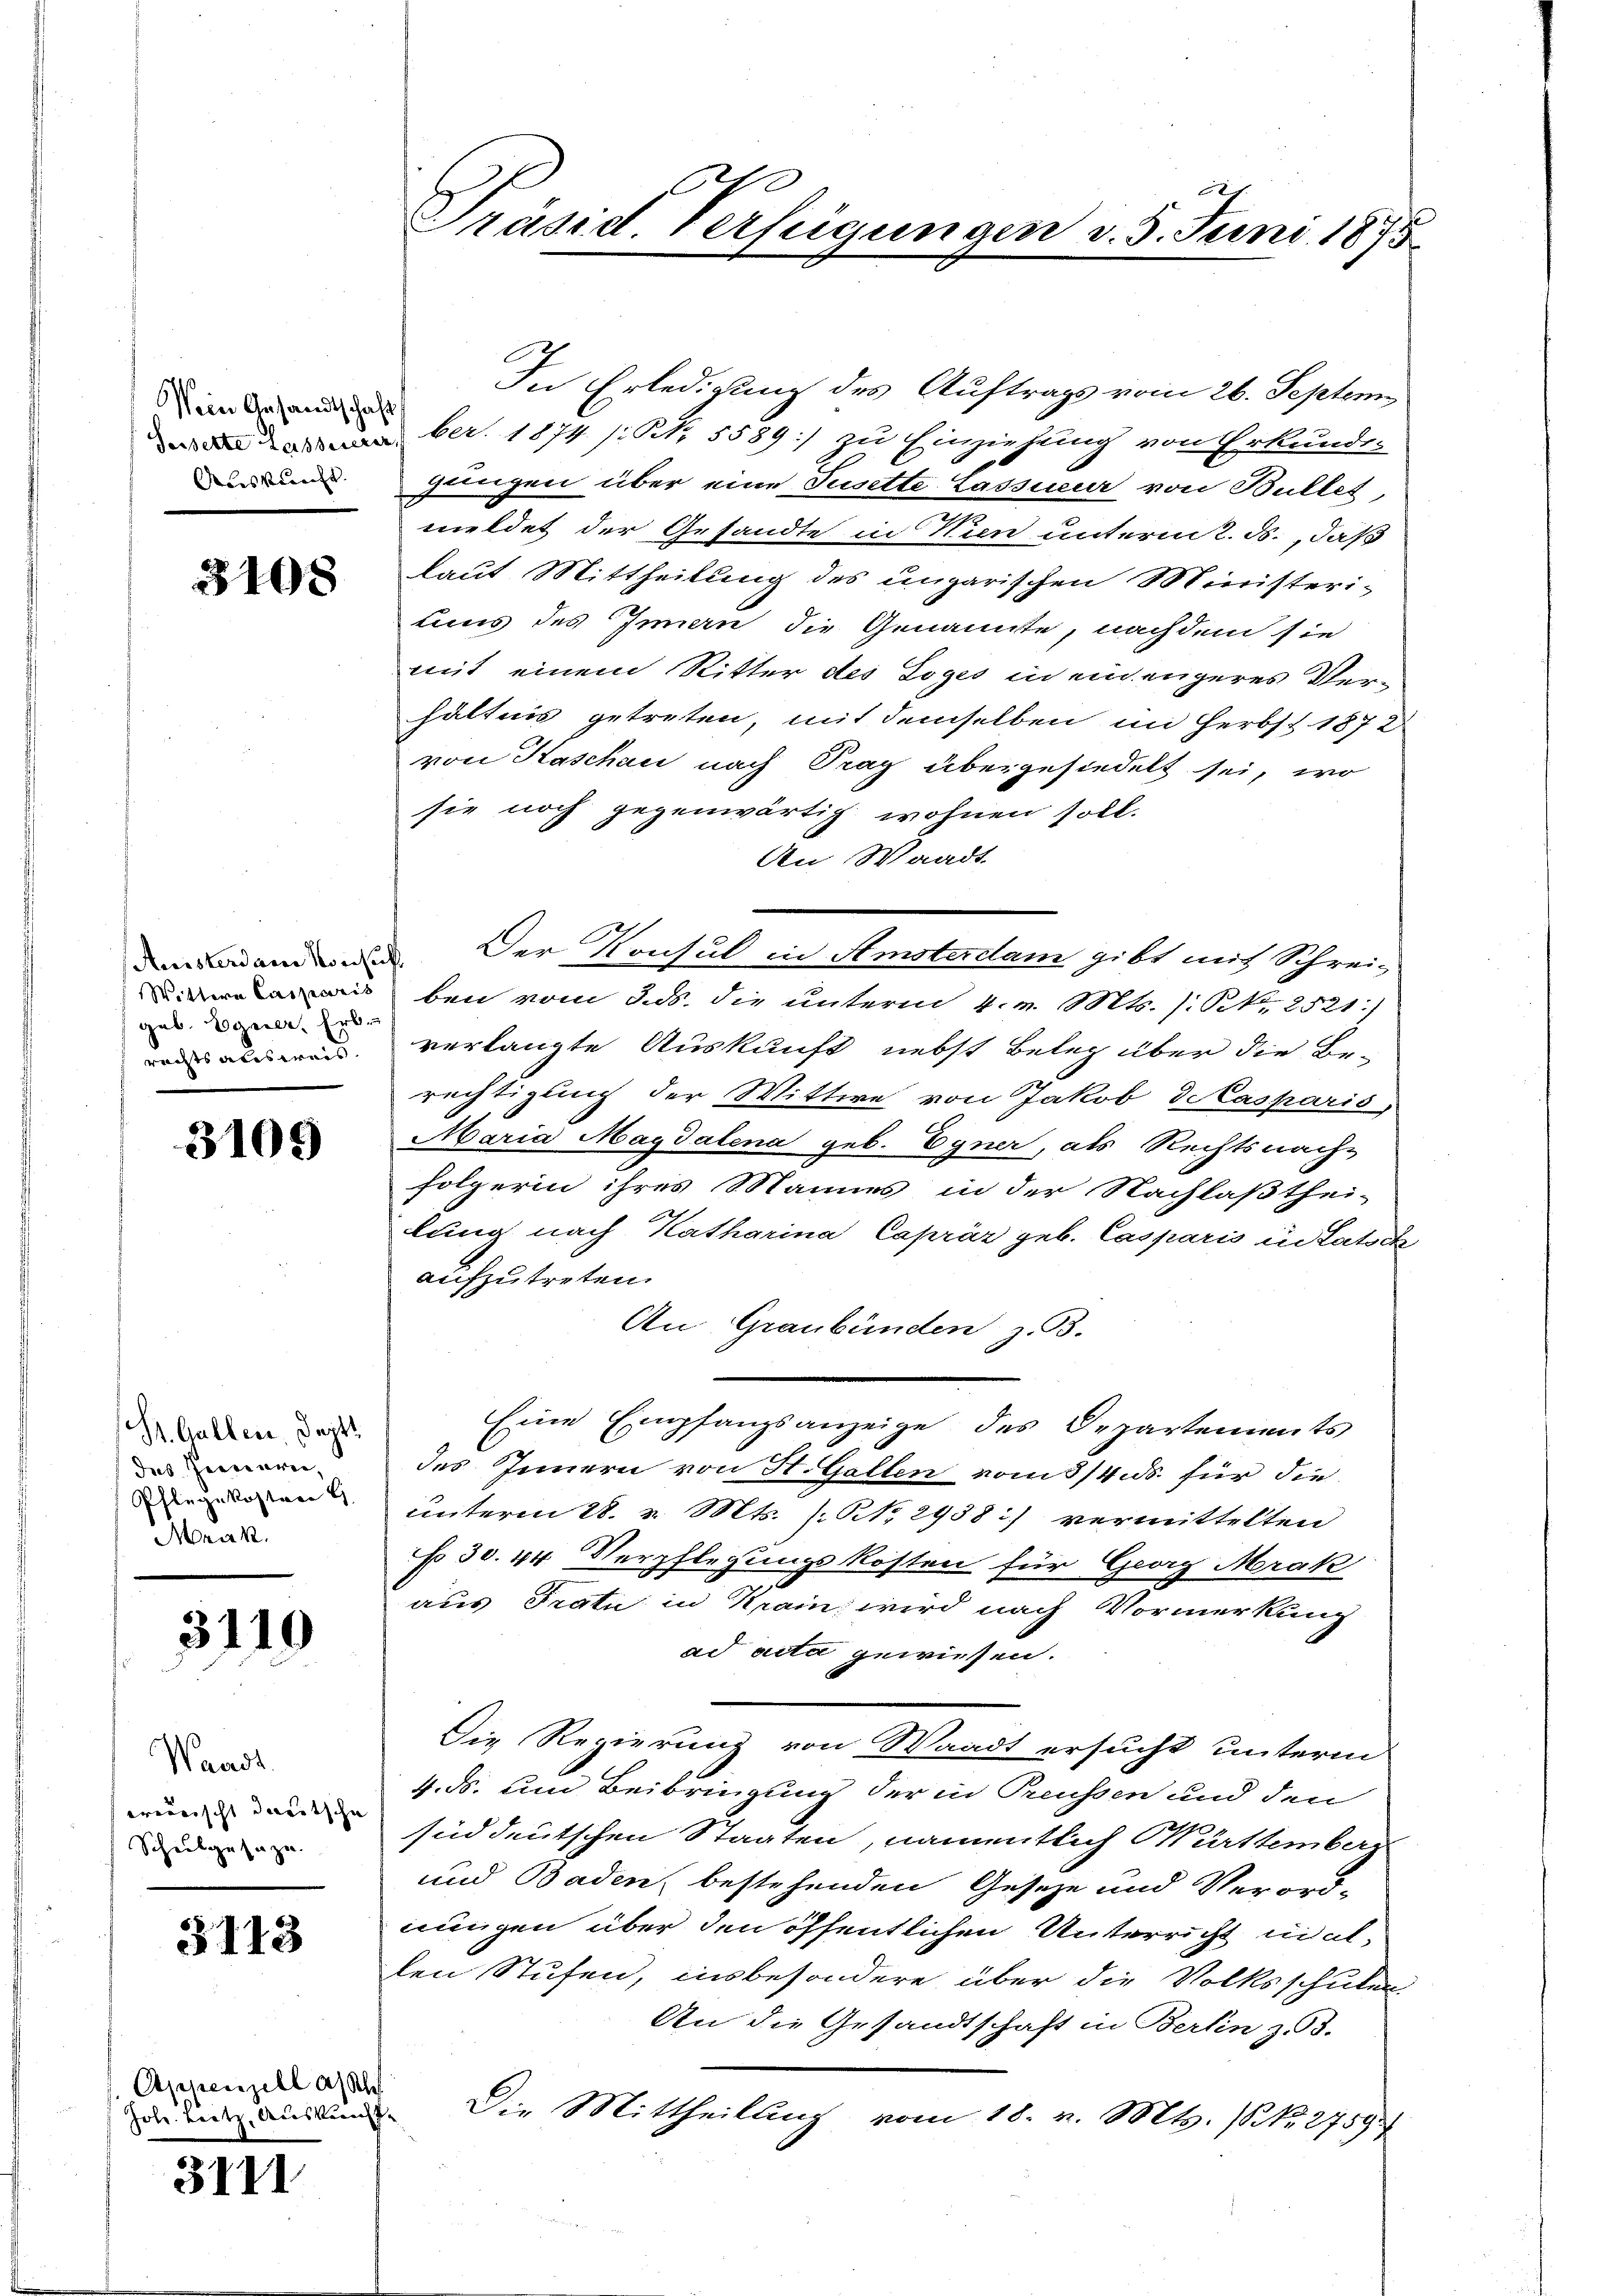
Wein Gesandtschaft
Auskunft.

3108

geb. Bogener, Erb
rechts ausweis.

3109

(Dr. Gallen. Sept.
des Herrieren,
Pflegekostern G
Mrak.

3110

Waadt
ererischt deutsche
Scheubgusazu

3113

Appenzell ansch
Jole. Leitz, Auskunste

3111

2
ch
Präsid. Verfügungen v. 5. Juni 1875.

In Erledigung des Auftrags vom 26. Septem
ber. 1874 s. S. 5589:/ zu Einziehung von Erkundes
gungen über eine Jusette Lassieur von Bullet,
meldet der Gesandte in Kien unterm 2. ds., daß
laut Mittheilung des ungarischen Ministeri-
tens des Innern die Genannte, nachdem sie
mit einem Ritter des Loges in einengeres Ver-
hältnis getreten, mit demselben im Herbst 1872
von Kaschau nach Prag übergesiedelt sei, wo
sie noch gegenwärtig wohnen soll.
An Waadt
adame. Der Konsul in Amsterdam gibt mit Schrei-
 bei vom 8. ds. die unterm 4. v. Mts. /: N. 2521:)
verlangte Auskunft nebst Beleg über die Be-
rechtigung der Wittwe von Jakob dekasparis
Maria Magdalena geb. Egner, als Rechtsnach-
folgerin ihres Mannes in der Nachlaßthei-
lung nach Katharina Caprär geb. Casparis in Latsch
aufzutreten.
An Graubünden z. B.
Eine Empfangsanzeige des Departements
des Innern von H. Gallen vom 3/4. ds. für die
ŭnterm 28. v. Mts. (NNo. 2938) vermittelten
No 30. 44. Verpflegungskosten für Georg Mrakz
aus Frati in Krain, wird nach Vormerkung
ad acta gewiesen.
Die Regierung von Waadt ersucht unterm
4. ds. und Beibringung der in Preussen und den
siddeutschen Staaten, namentlich Württemberg
und Baden bestehenden Geseze und Verord-
nungen über den öffentlichen Unterricht wallen Stufen, insbesondere über die Volksschulen.
An die Gesandtschaft in Berlin z. 3.
Die Mittheilung vom 18. v. Mts. (No. 2759